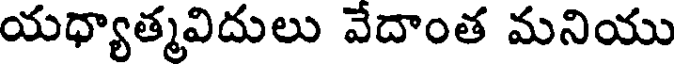
యధ్యాత్మవిదులు వేదాంత మనియు